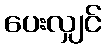
ပေးလျှင်